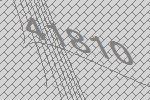
41810